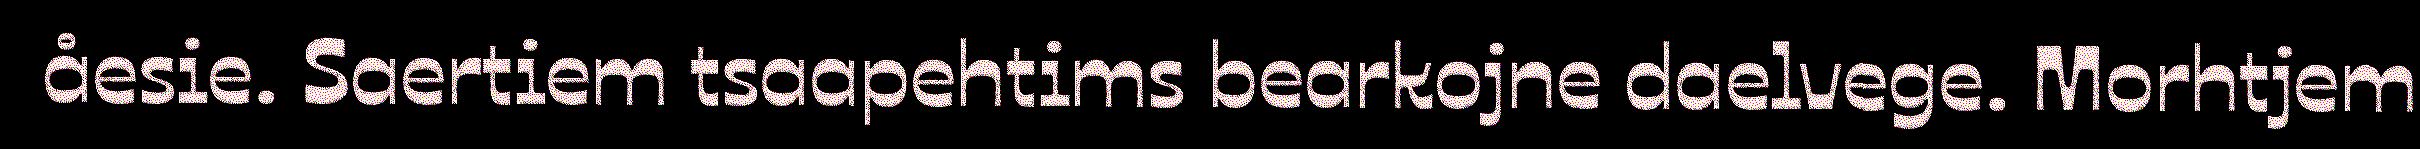
åesie. Saertiem tsaapehtims bearkojne daelvege. Morhtjem